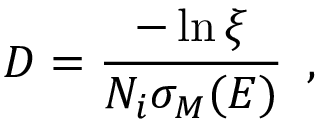
D = \frac { - \ln { \xi } } { N _ { i } \sigma _ { M } ( E ) } \, \mathrm { ~ , ~ }